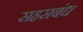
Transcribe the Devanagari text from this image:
सहसबंध